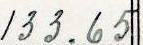
133.65